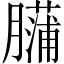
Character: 𰯡